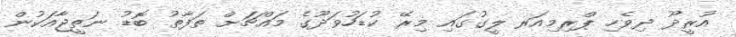
އުރީދޫ ދިވެހި ޕްރިމިއަރ ލީގުގައި މިރޭ ކުޑަހުވަދޫގެ މައްޗަށް ތަފާތު ބޮޑު ނަތީޖާއަކުން